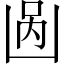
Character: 𱐎